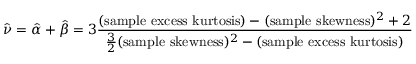
{ \hat { \nu } } = { \hat { \alpha } } + { \hat { \beta } } = 3 { \frac { ( { \mathrm { s a m p l e ~ e x c e s s ~ k u r t o s i s } } ) - ( { \mathrm { s a m p l e ~ s k e w n e s s } } ) ^ { 2 } + 2 } { { \frac { 3 } { 2 } } ( { \mathrm { s a m p l e ~ s k e w n e s s } } ) ^ { 2 } - { \mathrm { ( s a m p l e ~ e x c e s s ~ k u r t o s i s ) } } } }